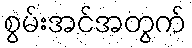
စွမ်းအင်အတွက်